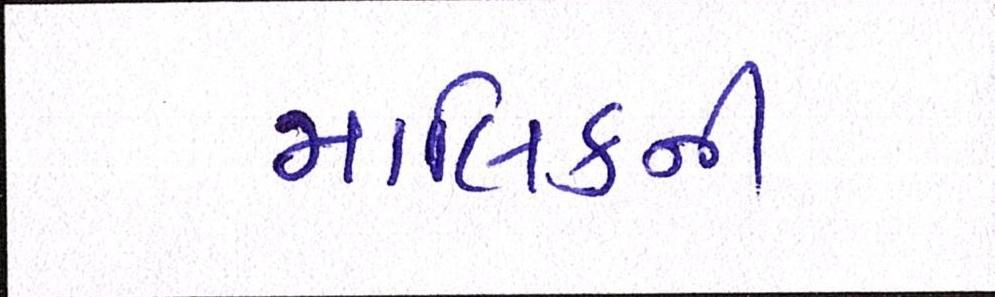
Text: માલિકની